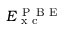
E _ { \mathrm { ~ x ~ c ~ } } ^ { \mathrm { ~ P ~ B ~ E ~ } }